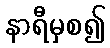
နာရီမှစ၍